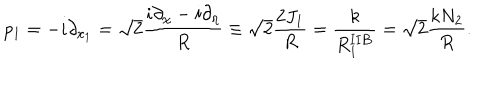
LaTeX: p _ { 1 } = - i \partial _ { x _ { 1 } } = \sqrt { 2 } \frac { i \partial _ { \chi } - i \partial _ { \eta } } { R } \equiv \sqrt { 2 } \frac { 2 J _ { 1 } } { R } = \frac { k } { R _ { 1 } ^ { \mathbf { I I B } } } = \sqrt { 2 } \frac { k N _ { 2 } } { R } .